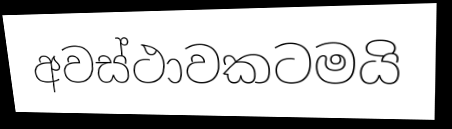
අවස්ථාවකටමයි